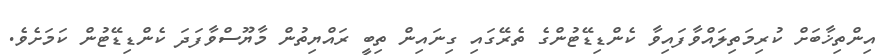
އިންތިޚާބަށް ކުރިމަތިލައްވާފައިވާ ކެންޑިޑޭޓުންގެ ތެރޭގައި ގިނައިން ތިބީ ރައްޔިތުން މާޔޫސްވާފަދަ ކެންޑިޑޭޓުން ކަމަށެވެ.